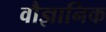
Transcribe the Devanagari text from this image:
वौज्ञानिक